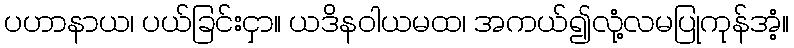
ပဟာနာယ၊ ပယ်ခြင်းငှာ။ ယဒိနဝါယမထ၊ အကယ်၍လုံ့လမပြုကုန်အံ့။